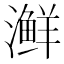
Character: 𰝟